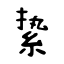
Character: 絷